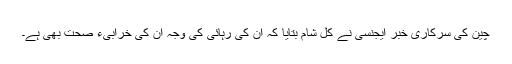
چين کی سرکاری خبر ايجنسی نے کل شام بتايا کہ اُن کی رہائی کی وجہ ان کی خرابیء صحت بھی ہے۔